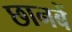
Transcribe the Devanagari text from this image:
छानबें